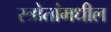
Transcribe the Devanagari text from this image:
स्त्रोतांमधील